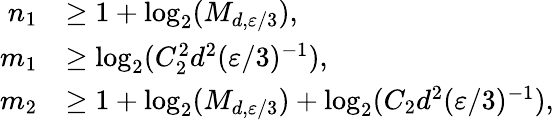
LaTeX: \begin{array}{rl}{n_{1}}&{\geq 1+\log_{2}(M_{d,{\varepsilon}/3}),}\\ {m_{1}}&{\geq\log_{2}(C_{2}^{2}d^{2}({\varepsilon}/3)^{-1}),}\\ {m_{2}}&{\geq 1+\log_{2}(M_{d,{\varepsilon}/3})+\log_{2}(C_{2}d^{2}({\varepsilon}/3)^{-1}),}\end{array}